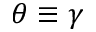
\theta \equiv \gamma